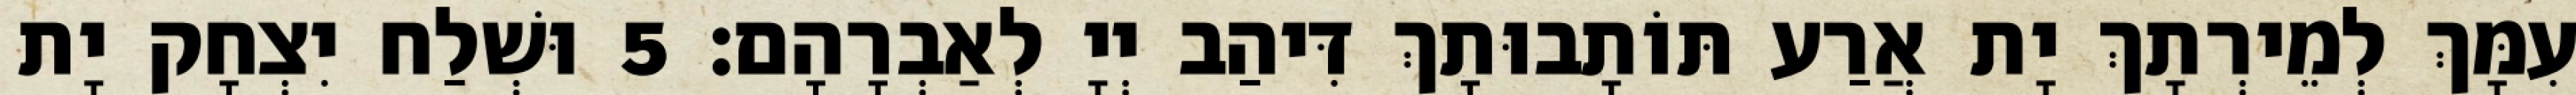
עִמָּךְ לְמֵירְתָךְ יָת אֲרַע תּוֹתָבוּתָךְ דִּיהַב יְיָ לְאַבְרָהָם׃ 5 וּשְׁלַח יִצְחָק יָת